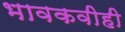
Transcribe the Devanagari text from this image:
भावकवीही